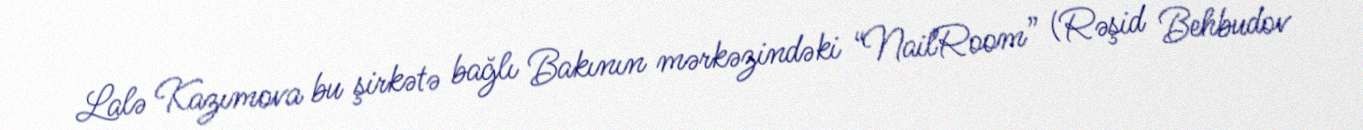
Lalə Kazımova bu şirkətə bağlı Bakının mərkəzindəki “NailRoom” (Rəşid Behbudov